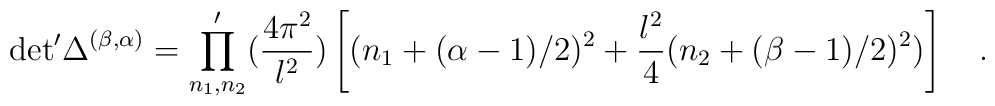
{\rm det}^{\prime} \Delta^{(\beta,\alpha)}  = \prod_{n_1,n_2}^{\prime}   ({{4\pi^2}\over{l^2}}) \left [ (n_1+ (\alpha - 1)/2 )^2 +      {{l^2}\over{4}}(n_2+ (\beta - 1)/2 )^2 ) \right ] \quad .